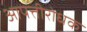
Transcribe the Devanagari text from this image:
आपत्तीरोधक